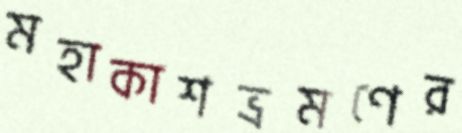
মহাকাশভ্রমণের